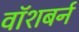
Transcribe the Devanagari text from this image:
वॉशबर्न